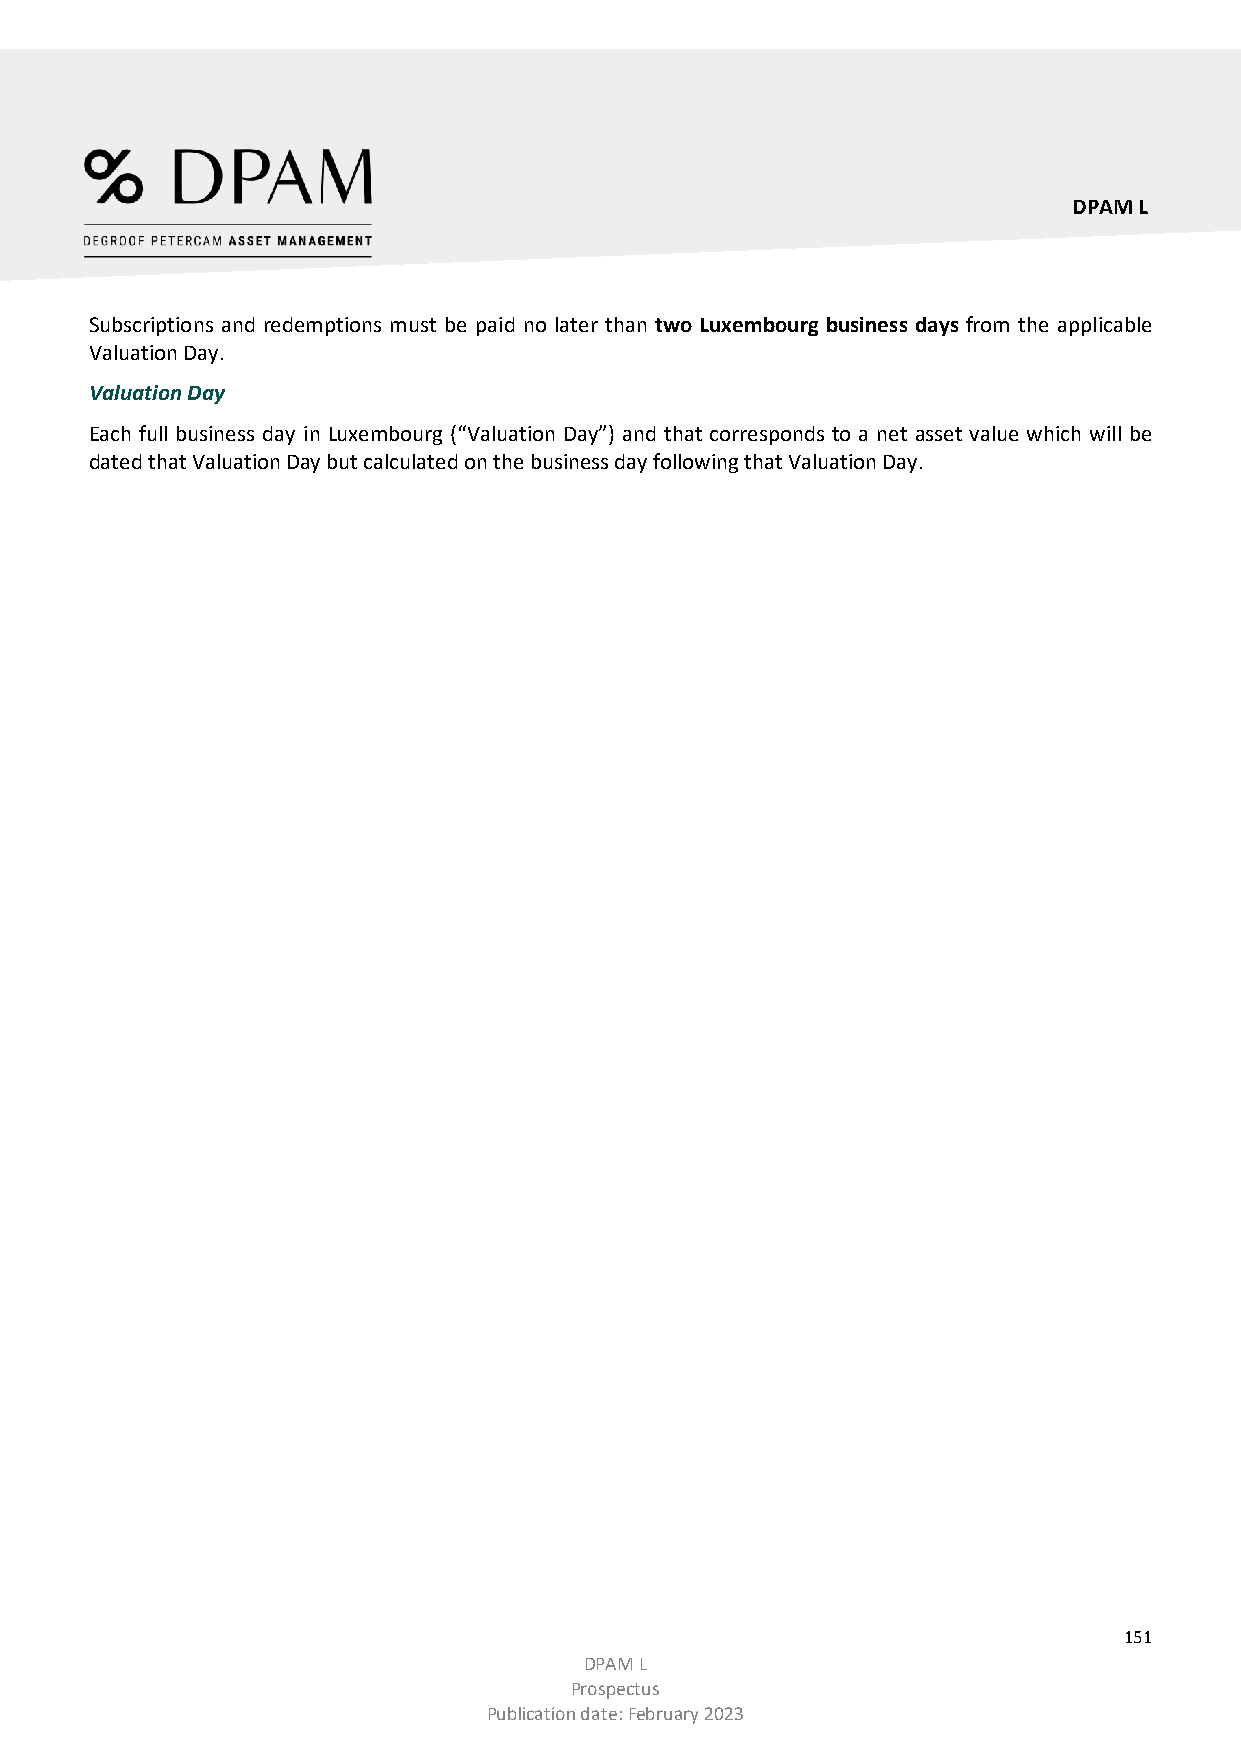
DPAM L
 Subscriptions and redemptions must be paid no later than two Luxembourg business days from the applicable
 Valuation Day.
 Valuation Day
 Each full business day in Luxembourg (“Valuation Day”) and that corresponds to a net asset value which will be
 dated that Valuation Day but calculated on the business day following that Valuation Day.
 151
 DPAM L
 Prospectus
 Publication date: February 2023